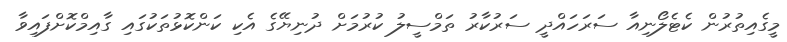
މީގެއިތުރުން ކެޓެލޯނިއާ ސަރަހައްދީ ސަރުކާރު ތަމްސީލު ކުރުމަށް ދުނިޔޭގެ އެކި ކަންކޮޅުތަކުގައި ގާއިމްކޮށްފައިވާ